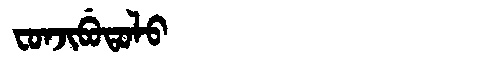
Manchu: ᠸᠣᠨᠵᡳᠪᡠᡨᠣᠯᠣ
Romanization: FONJIBUTOLO